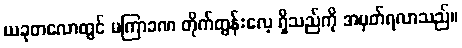
ယခုတလောတွင် မကြာခဏ တိုက်တွန်းလေ့ ရှိသည်ကို အမှတ်ရလာသည်။